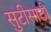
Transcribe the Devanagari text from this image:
सुटीसाठी